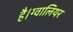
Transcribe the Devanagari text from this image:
है।ग्वालियर